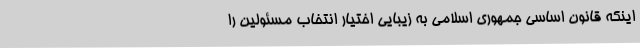
اینکه قانون اساسی جمهوری اسلامی به زیبایی اختیار انتخاب مسئولین را